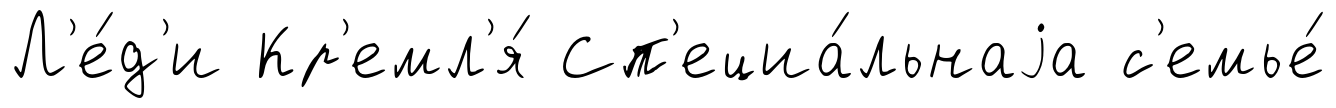
Л'е́д'и Кр'емл'я́ Сп'ециа́льнаjа с'емье́